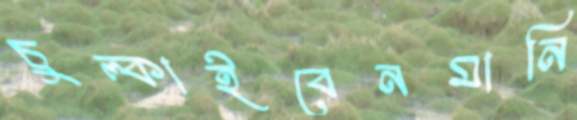
চুল্‌কাইবেনমানি